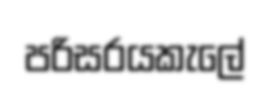
පරිසරයකැලේ